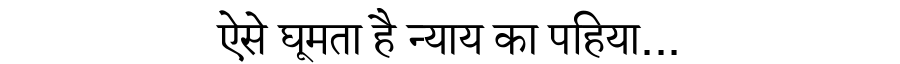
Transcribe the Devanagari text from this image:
ऐसे घूमता है न्याय का पहिया...